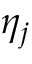
\eta _ { j }